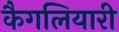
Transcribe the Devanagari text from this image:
कैगलियारी